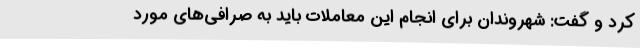
کرد و گفت: شهروندان برای انجام این معاملات باید به صرافی‌های مورد